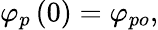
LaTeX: \varphi_{p}\left(0\right)=\varphi_{po},